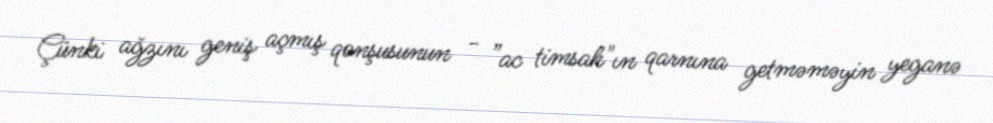
Çünki ağzını geniş açmış qonşusunun - ”ac timsah"ın qarnına getməməyin yeganə